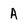
Character: A